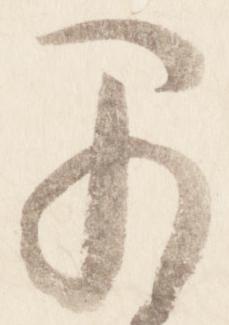
早